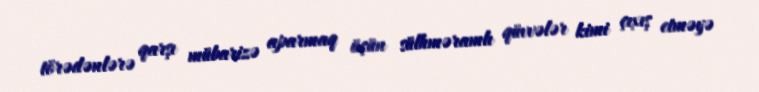
törədənlərə qarşı mübarizə aparmaq üçün sülhməramlı qüvvələr kimi çıxış etməyə